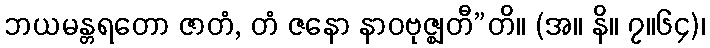
ဘယမန္တရတော ဇာတံ, တံ ဇနော နာဝဗုဇ္ဈတီ”တိ။ (အ။ နိ။ ၇။၆၄)၊